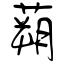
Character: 蒴